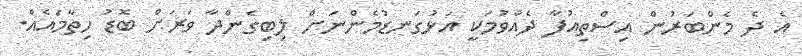
އެ ދެ މެންބަރުން އިސްތިއުފާ ދެއްވުމަކީ އަޅުގަނޑުމެންނަށް ލިބިގެންދާ ވަރަށް ބޮޑު ހިތާމައެއް.